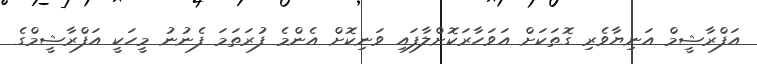
އަފްރާޝީމް އަނިޔާވެރި ގޮތަކަށް އަވަހާރަކޮށްލާފައި ވަނިކޮށް އެންމެ ފުރަތަމަ ފެނުނު މީހަކީ އަފްރާޝީމްގެ